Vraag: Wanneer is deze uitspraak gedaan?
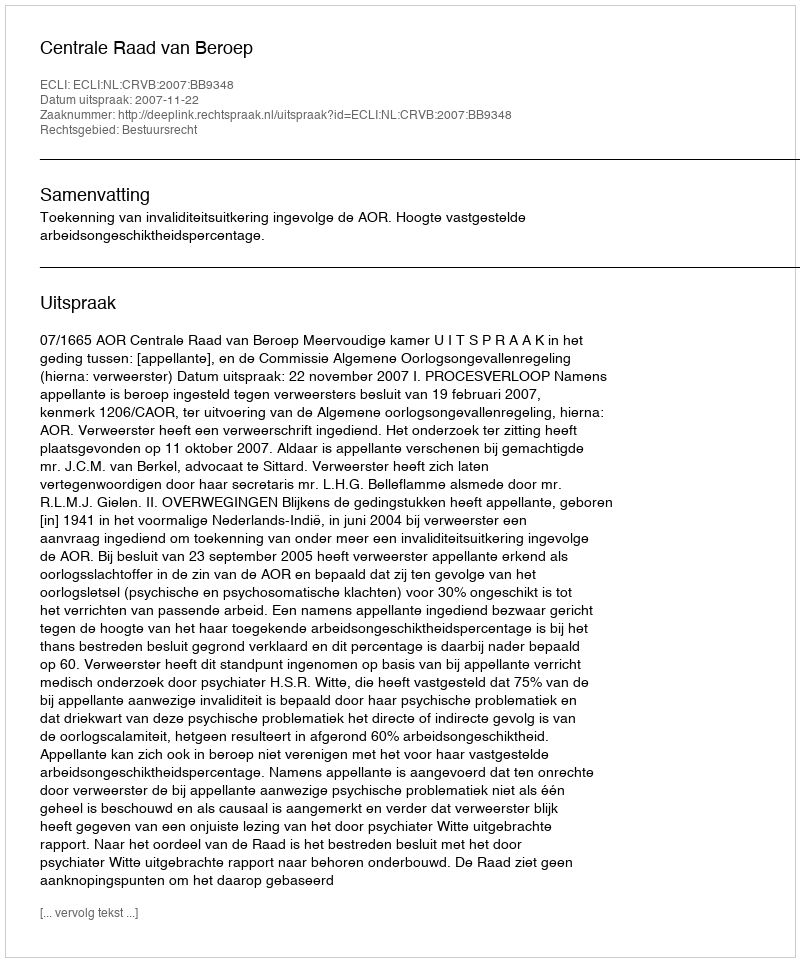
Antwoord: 2007-11-22